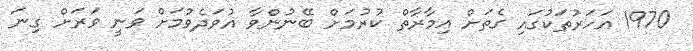
1970 އަހަރުތަކުގައި ގެތަށް އިމާރާތް ކުރުމަށް ބޭނުންވާ އުވަދެވުމަށް ވަނީ ވަރަށް ގިނަ